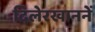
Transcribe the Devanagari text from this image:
दिलेरखाननें